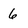
Character: 6